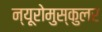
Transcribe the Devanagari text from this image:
न्यूरोमुस्कुलर